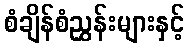
စံချိန်စံညွှန်းများနှင့်